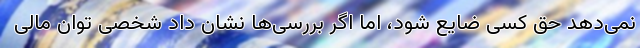
نمی‌دهد حق کسی ضایع شود، اما اگر بررسی‌ها نشان داد شخصی توان مالی